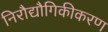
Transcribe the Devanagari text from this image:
निरौद्यौगिकीकरण